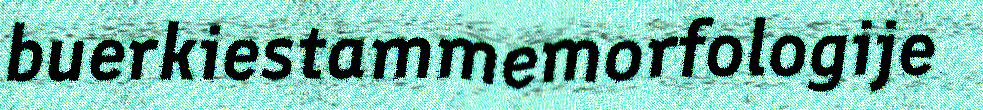
buerkiestammemorfologije